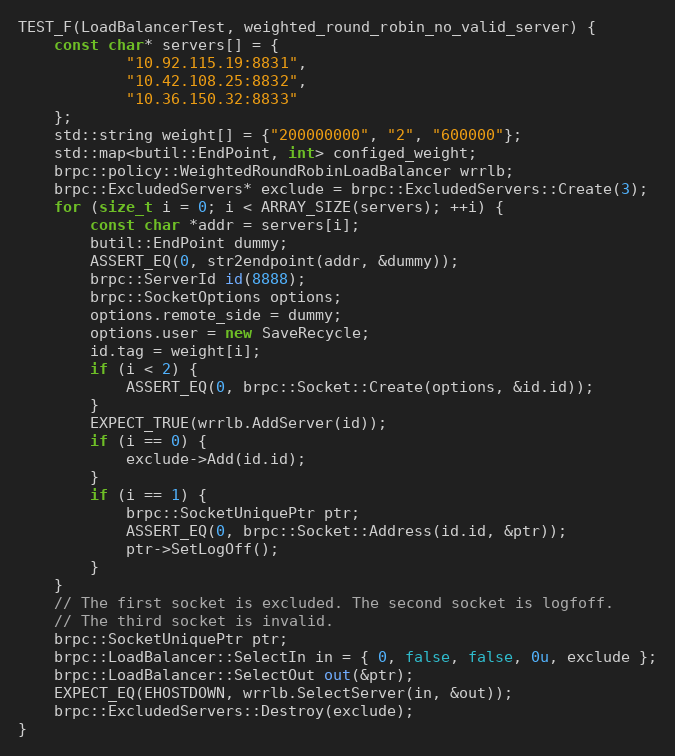
Language: C++
TEST_F(LoadBalancerTest, weighted_round_robin_no_valid_server) {
    const char* servers[] = {
            "10.92.115.19:8831",
            "10.42.108.25:8832",
            "10.36.150.32:8833"
    };
    std::string weight[] = {"200000000", "2", "600000"};
    std::map<butil::EndPoint, int> configed_weight;
    brpc::policy::WeightedRoundRobinLoadBalancer wrrlb;
    brpc::ExcludedServers* exclude = brpc::ExcludedServers::Create(3);
    for (size_t i = 0; i < ARRAY_SIZE(servers); ++i) {
        const char *addr = servers[i];
        butil::EndPoint dummy;
        ASSERT_EQ(0, str2endpoint(addr, &dummy));
        brpc::ServerId id(8888);
        brpc::SocketOptions options;
        options.remote_side = dummy;
        options.user = new SaveRecycle;
        id.tag = weight[i];
        if (i < 2) {
            ASSERT_EQ(0, brpc::Socket::Create(options, &id.id));
        }
        EXPECT_TRUE(wrrlb.AddServer(id));
        if (i == 0) {
            exclude->Add(id.id);
        }
        if (i == 1) {
            brpc::SocketUniquePtr ptr;
            ASSERT_EQ(0, brpc::Socket::Address(id.id, &ptr));
            ptr->SetLogOff();
        }
    }
    // The first socket is excluded. The second socket is logfoff.
    // The third socket is invalid.
    brpc::SocketUniquePtr ptr;
    brpc::LoadBalancer::SelectIn in = { 0, false, false, 0u, exclude };
    brpc::LoadBalancer::SelectOut out(&ptr);
    EXPECT_EQ(EHOSTDOWN, wrrlb.SelectServer(in, &out));
    brpc::ExcludedServers::Destroy(exclude);
}